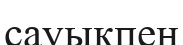
сауықпен